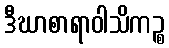
ဒီဃာစာရာဝါသိကဉ္စ